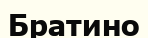
Братино